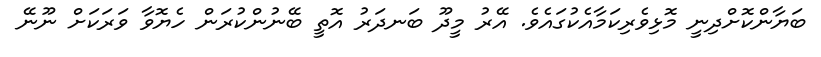
ބަޔާންކޮށްދިނީ މޮޅިވެރިކަމާއެކުގައެވެ. އޭރު މީދޫ ބަނދަރު އޮތީ ބޭނުންކުރަން ހެޔޮވާ ވަރަކަށް ނޫނޭ